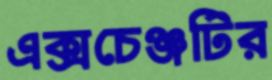
এক্সচেঞ্জটির